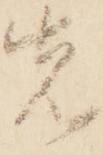
先